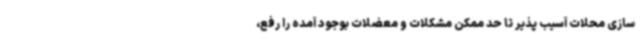
سازی محلات آسیب پذیر تا حد ممکن مشکلات و معضلات بوجود آمده را رفع،